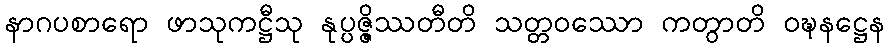
နာဂပစာရော ဖာသုကဋ္ဌီသု နုပ္ပဇ္ဇိဿတီတိ သတ္တဝဿော ကတွာတိ ဝဍ္ဎနဋ္ဌေန